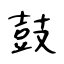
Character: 鼓